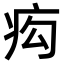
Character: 𤵆